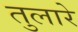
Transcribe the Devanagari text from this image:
तुलारे